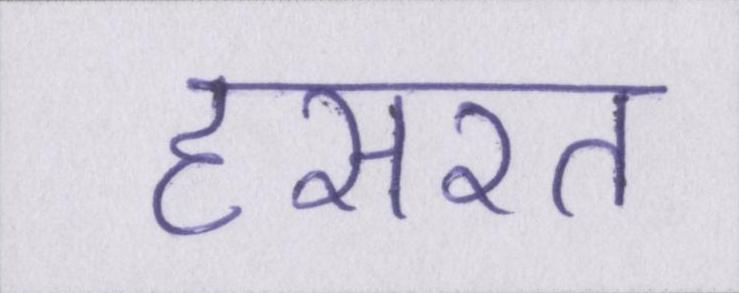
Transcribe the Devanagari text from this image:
हसरत